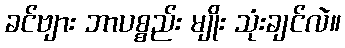
ခင်ဗျား ဘာပစ္စည်း မျိုး သုံးချင်လဲ။